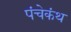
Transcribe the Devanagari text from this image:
पंचेकंथ